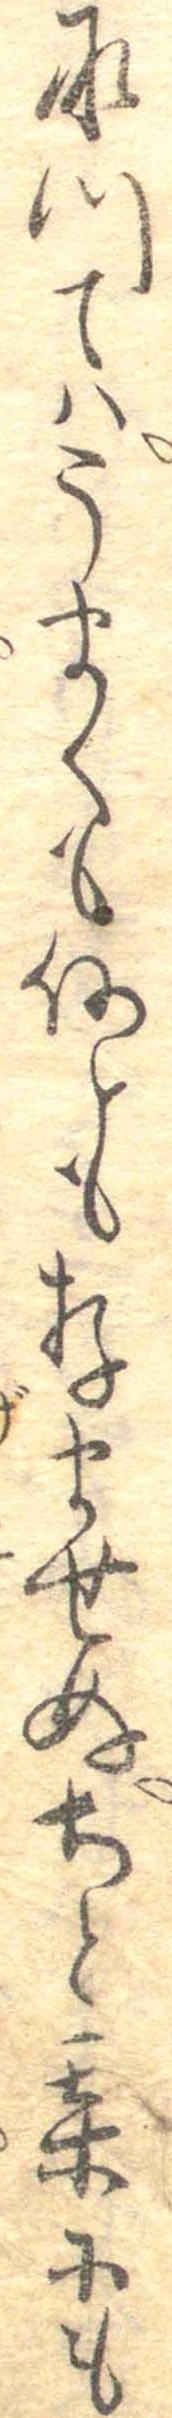
承つてはうまくも何とも存ませぬちと某にも